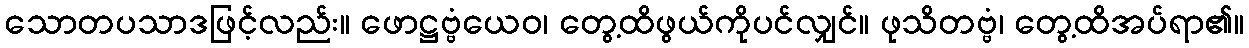
သောတပသာဒဖြင့်လည်း။ ဖောဋ္ဌဗ္ဗံယေဝ၊ တွေ့ထိဖွယ်ကိုပင်လျှင်။ ဖုသိတဗ္ဗံ၊ တွေ့ထိအပ်ရာ၏။